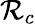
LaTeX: \mathcal{R}_{c}